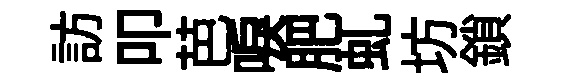
訪叩芭唳肥虬坊鎖